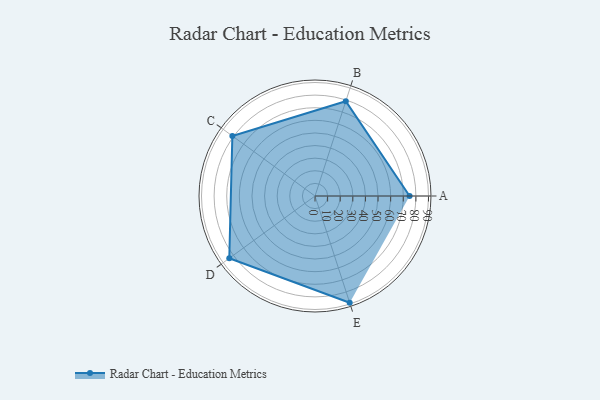
{"axis": {"x": "Skill", "y": "Score"}, "legend": ["Profile"], "data": [{"x": "A", "y": 75.0, "type": "Profile"}, {"x": "B", "y": 79.0, "type": "Profile"}, {"x": "C", "y": 81.0, "type": "Profile"}, {"x": "D", "y": 84.0, "type": "Profile"}, {"x": "E", "y": 89.0, "type": "Profile"}]}